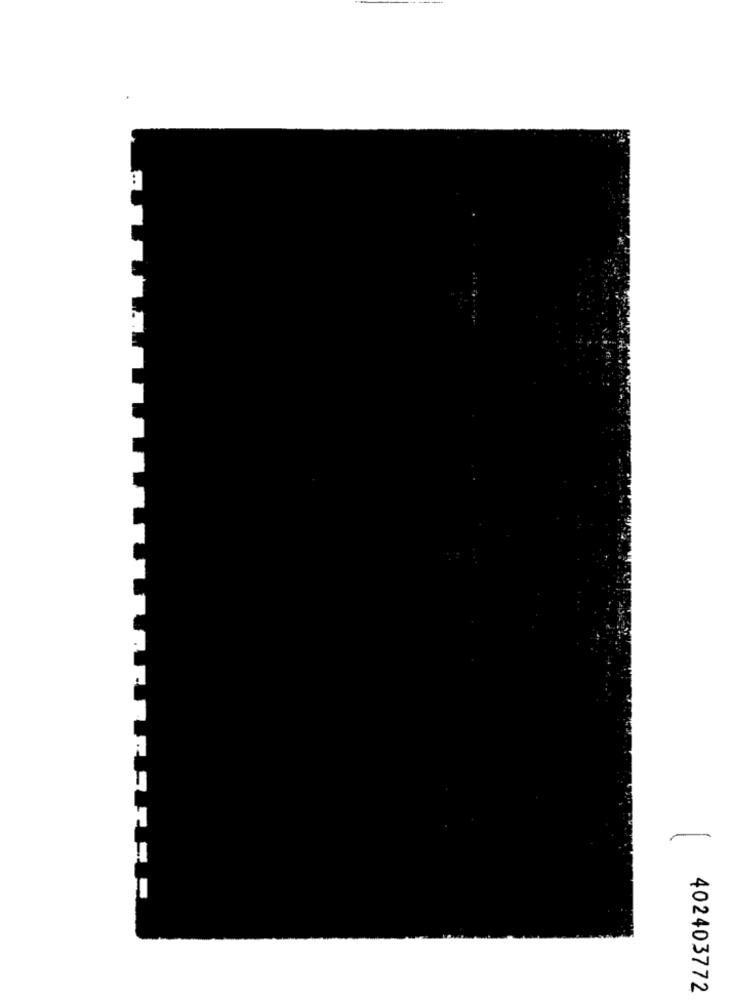
402403772